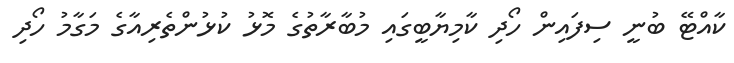
ކާއްޓޭ ބުނީ ސިފައިން ހޯދި ކާމިޔާބީގައި މުބާރާތުގެ މޮޅު ކުޅުންތެރިއާގެ މަގާމު ހޯދި